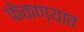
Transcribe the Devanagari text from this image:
फेकण्यात